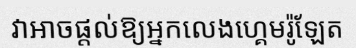
វាអាចផ្តល់ឱ្យអ្នកលេងហ្គេមរ៉ូឡែត